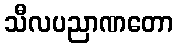
သီလပညာဏတော